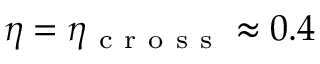
\eta = \eta _ { \mathrm { ~ c ~ r ~ o ~ s ~ s ~ } } \approx 0 . 4